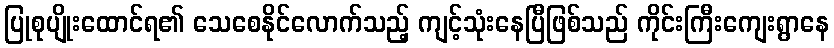
ပြုစုပျိုးထောင်ရ၏ သေစေနိုင်လောက်သည့် ကျင့်သုံးနေပြီဖြစ်သည် ကိုင်းကြီးကျေးရွာနေ